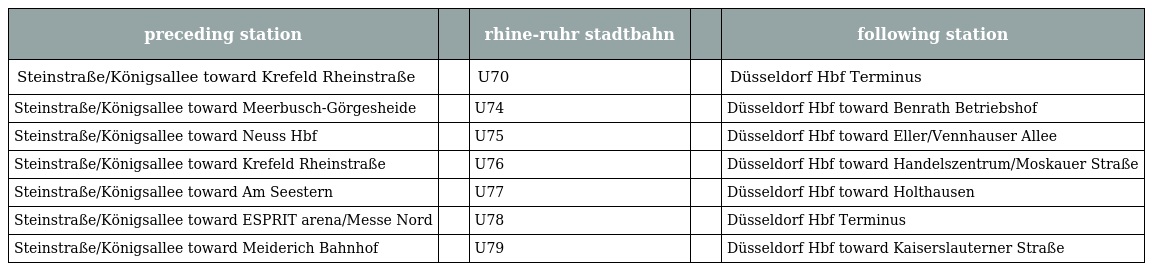
| preceding station |  | rhine-ruhr stadtbahn |  | following station |
 | --- | --- | --- | --- | --- |
 | Steinstraße/Königsallee toward Krefeld Rheinstraße |  | U70 |  | Düsseldorf Hbf Terminus |
 | Steinstraße/Königsallee toward Meerbusch-Görgesheide |  | U74 |  | Düsseldorf Hbf toward Benrath Betriebshof |
 | Steinstraße/Königsallee toward Neuss Hbf |  | U75 |  | Düsseldorf Hbf toward Eller/Vennhauser Allee |
 | Steinstraße/Königsallee toward Krefeld Rheinstraße |  | U76 |  | Düsseldorf Hbf toward Handelszentrum/Moskauer Straße |
 | Steinstraße/Königsallee toward Am Seestern |  | U77 |  | Düsseldorf Hbf toward Holthausen |
 | Steinstraße/Königsallee toward ESPRIT arena/Messe Nord |  | U78 |  | Düsseldorf Hbf Terminus |
 | Steinstraße/Königsallee toward Meiderich Bahnhof |  | U79 |  | Düsseldorf Hbf toward Kaiserslauterner Straße |